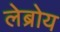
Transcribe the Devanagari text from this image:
लेब्रोय